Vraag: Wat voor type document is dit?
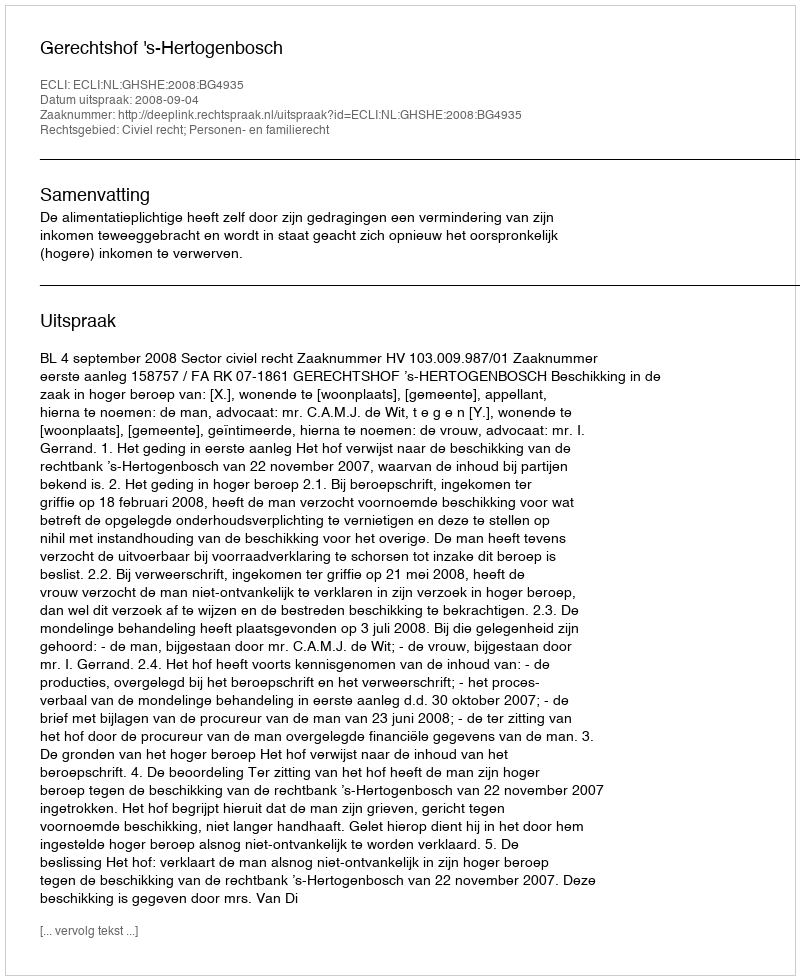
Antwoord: Uitspraak